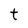
Character: t